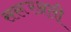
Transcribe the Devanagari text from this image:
सरूरअली